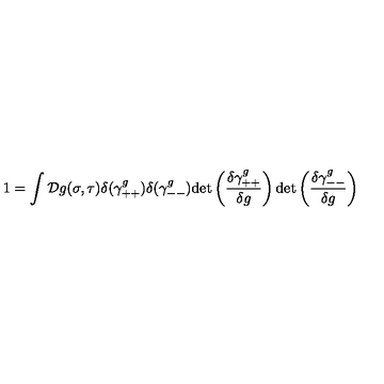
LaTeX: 1 = \int { \cal D } g ( \sigma , \tau ) \delta ( \gamma _ { + + } ^ { g } ) \delta ( \gamma _ { -- } ^ { g } ) \mathrm { d e t } \left( \frac { \delta \gamma _ { + + } ^ { g } } { \delta g } \right) \mathrm { d e t } \left( \frac { \delta \gamma _ { -- } ^ { g } } { \delta g } \right)